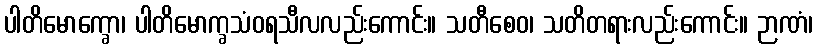
ပါတိမောက္ခော၊ ပါတိမောက္ခသံဝရသီလလည်းကောင်း။ သတီစေဝ၊ သတိတရားလည်းကောင်း။ ဉာဏံ၊